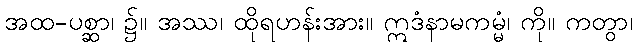
အထ-ပစ္ဆာ၊ ၌။ အဿ၊ ထိုရဟန်းအား။ ဣဒံနာမကမ္မံ၊ ကို။ ကတွာ၊